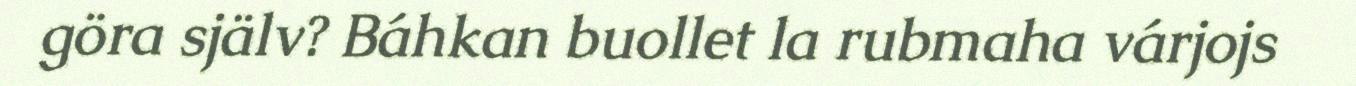
göra själv? Báhkan buollet la rubmaha várjojs